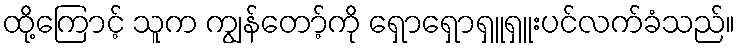
ထို့ကြောင့် သူက ကျွန်တော့်ကို ရှောရှောရှူရှူးပင်လက်ခံသည်။